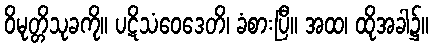
ဝိမုတ္တိသုခကို။ ပဋိသံဝေဒေတိ၊ ခံစားပြီ။ အထ၊ ထိုအခါ၌။